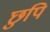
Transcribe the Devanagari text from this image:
छुपि